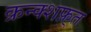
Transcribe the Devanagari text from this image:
क्रन्क्शफ़्त